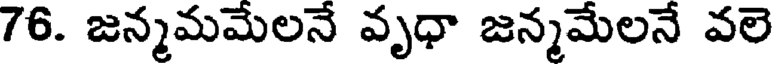
76. జన్మమమేలనే వృధా జన్మమేలనే వలె